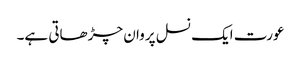
عورت ایک نسل پروان چڑھاتی ہے۔